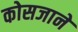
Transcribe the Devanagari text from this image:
कोसजाने